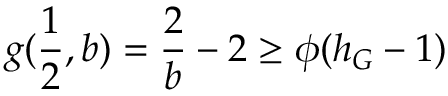
g ( \frac { 1 } { 2 } , b ) = \frac { 2 } { b } - 2 \geq \phi ( h _ { G } - 1 )